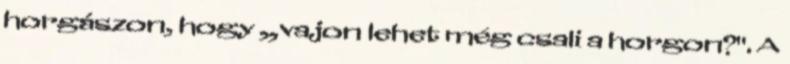
horgászon, hogy „vajon lehet még csali a horgon?". A